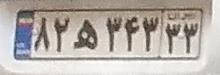
۸۲ه۳۴۳۳۳